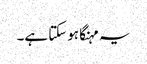
یہ مہنگا ہوسکتا ہے۔